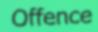
Offence